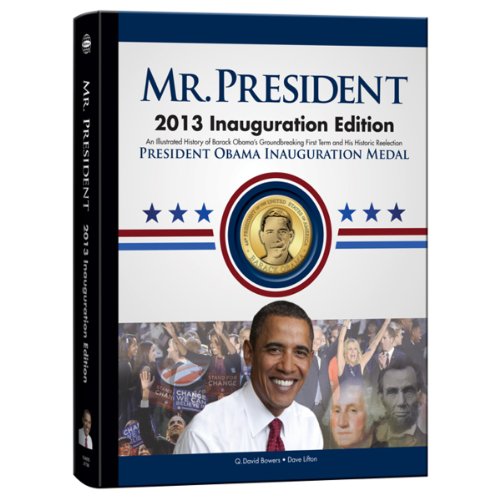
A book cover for Mr. President: An Illustrated History of Our Nation's Presidency. Limited Edition Archive with Collectible 2013 Obama Inauguration Medal; Q. David Bowers; Crafts, Hobbies & Home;